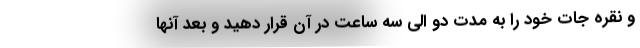
و نقره جات خود را به مدت دو الی سه ساعت در آن قرار دهید و بعد آنها